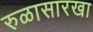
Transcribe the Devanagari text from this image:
रुळासारखा